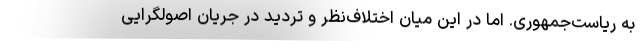
به ریاست‌جمهوری. اما در این میان اختلاف‌نظر و تردید در جریان اصولگرایی